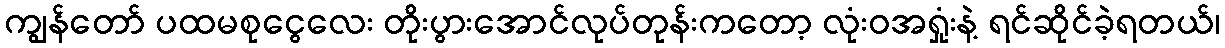
ကျွန်တော် ပထမစုငွေလေး တိုးပွားအောင်လုပ်တုန်းကတော့ လုံးဝအရှုံးနဲ့ ရင်ဆိုင်ခဲ့ရတယ်၊